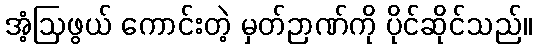
အံ့ဩဖွယ် ကောင်းတဲ့ မှတ်ဉာဏ်ကို ပိုင်ဆိုင်သည်။